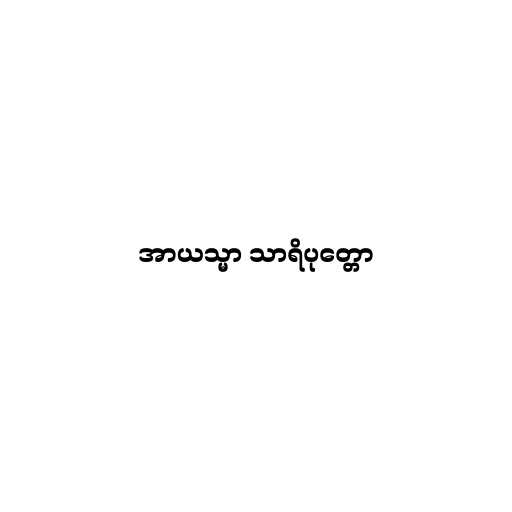
အာယသ္မာ သာရိပုတ္တော